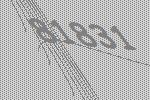
81831